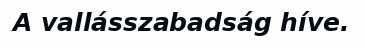
A vallásszabadság híve.